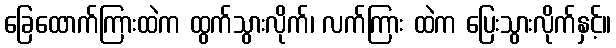
ခြေထောက်ကြားထဲက ထွက်သွားလိုက်၊ လက်ကြား ထဲက ပြေးသွားလိုက်နှင့်။